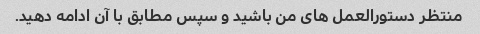
منتظر دستورالعمل های من باشید و سپس مطابق با آن ادامه دهید.